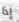
إذا